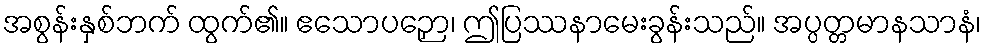
အစွန်းနှစ်ဘက် ထွက်၏။ ဧသောပဉှော၊ ဤပြဿနာမေးခွန်းသည်။ အပ္ပတ္တမာနသာနံ၊